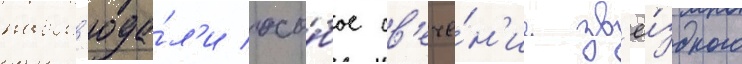
набл'юда́л'и осо́бое св'ече́н'ие зв'ё́здного